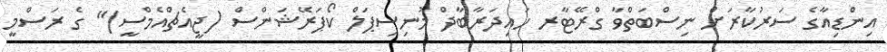
އިންޑިއާގެ ސަރުކާރަށް ނިސްބަތްވާ ގްރޭޓާރ ހައިދަރާބާދް މުނިސިޕަލް ކޯޕަރޭޝަންސް (ޖީއެޗްއެމްސީ)" ގެ ރަސްމީ